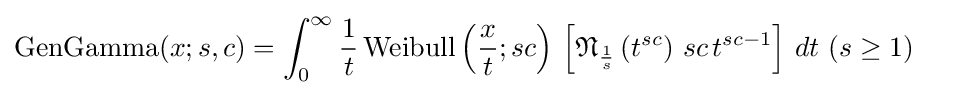
{\begin{aligned}{\text{GenGamma}}(x;s,c)&=\displaystyle \int _{0}^{\infty }{\frac {1}{t}}\,{\text{Weibull}}\left({\frac {x}{t}};sc\right)\,\left[{\mathfrak {N}}_{\frac {1}{s}}\left(t^{sc}\right)\,sc\,t^{sc-1}\right]\,dt\,\,(s\geq 1)\end{aligned}}